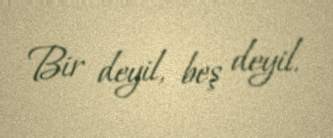
Bir deyil, beş deyil.